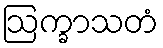
ဩက္ခာသတံ